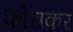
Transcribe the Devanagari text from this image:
फोराकर